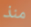
منذ